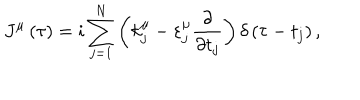
J ^ { \mu } \left( \tau \right) = i \sum _ { j = 1 } ^ { N } \left( k _ { j } ^ { \mu } - \varepsilon _ { j } ^ { \mu } \frac { \partial } { \partial t _ { j } } \right) \delta \left( \tau - t _ { j } \right) ,